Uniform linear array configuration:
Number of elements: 24
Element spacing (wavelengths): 0.25
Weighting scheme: hamming
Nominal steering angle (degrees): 30
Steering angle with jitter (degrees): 30.618
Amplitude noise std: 0.05
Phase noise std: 0.05

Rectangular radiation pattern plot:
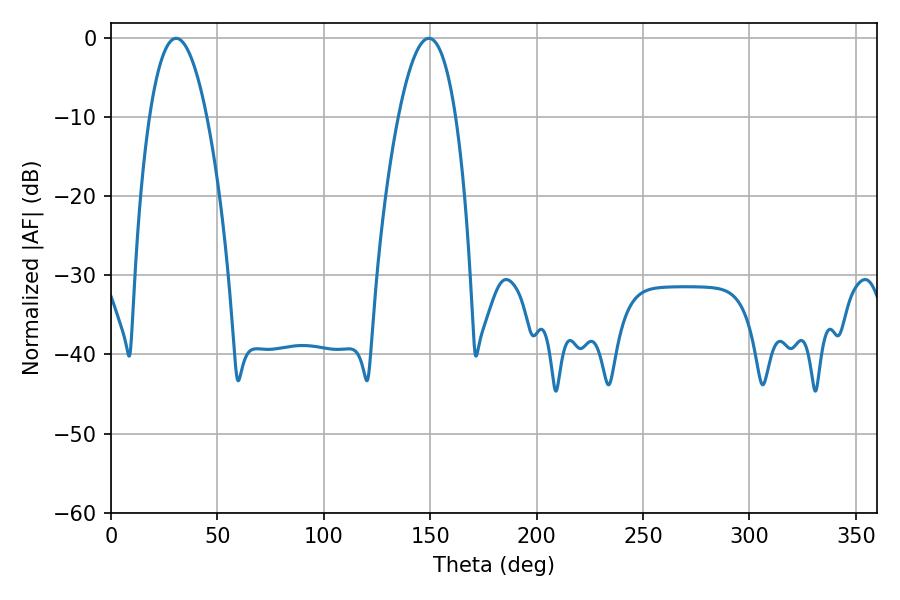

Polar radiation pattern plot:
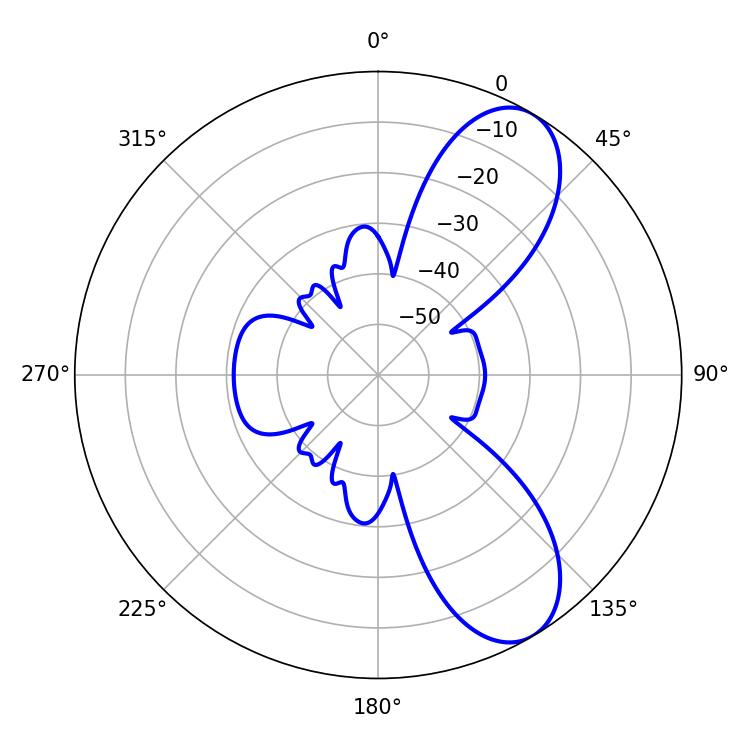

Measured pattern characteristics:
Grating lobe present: FALSE
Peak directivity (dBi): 8.458
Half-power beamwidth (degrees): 14.94
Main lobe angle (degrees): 30.6